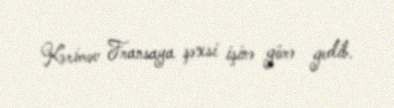
Kərimov Fransaya şəxsi işinə görə gedib.